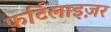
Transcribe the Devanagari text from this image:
फ़र्टिलाइज़र